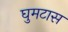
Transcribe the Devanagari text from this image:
घुमटास